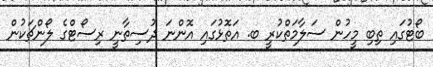
ބޯޓުގައި ތިބި މީހުން ސަލާމަތްކުރީ ބ. އަތޮޅުގައި އޮންނަ ދުސިތާނީ ރިސޯޓްގެ ލޯންޗަކުން